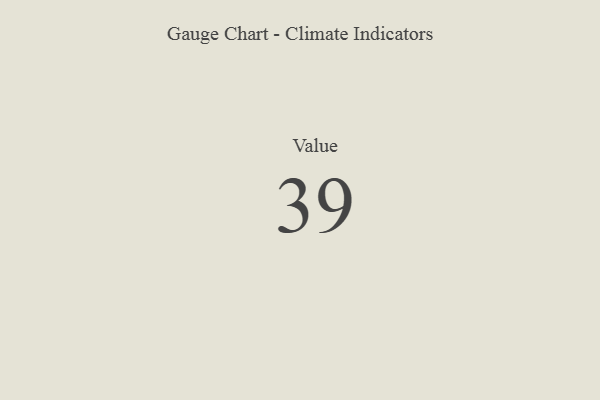
{"axis": {"x": "Metric", "y": "Value"}, "legend": [""], "data": [{"x": "Value", "y": 39, "type": ""}]}